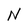
Character: N